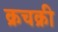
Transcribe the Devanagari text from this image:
क्रचक्री